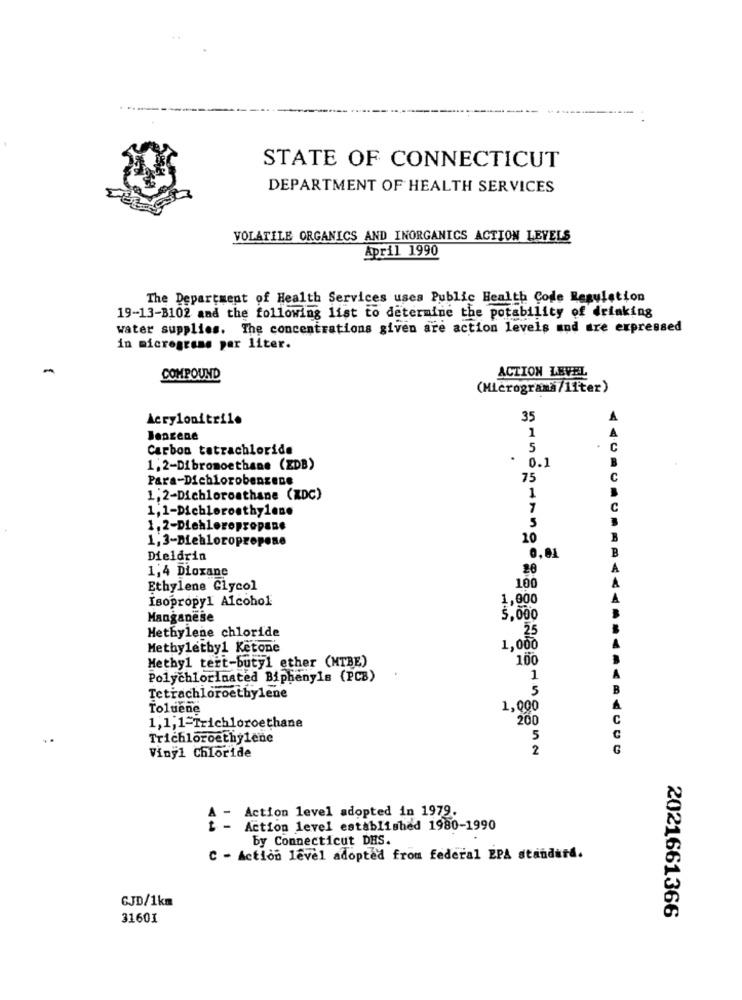
STATE OF CONNECTICUT
DEPARTMENT OF HEALTH SERVICES
VOLATILE ORGANICS AND INORGANICS ACTION LEVELS
April 1990
The Department of Health Services uses Public Health Code Regulation
19-13-3102 and the following list to determine the potability of drinking
water supplies. The concentrations given are action levels and are expressed
in micrograms per liter.
ACTION LEVEL
COMPOUND
(Microgramà/11ter)
Acrylonitrilo
35
A
A
Benzene
1
Carbon tetrachloride
5
C
1.2-Dibromoethane (EDB)
. 0.1
Para-Dichlorobenzene
75
C
1,2-Dichloroathane (KDC)
1
1,1-Dichloroethylene
7
1.2-Diehlerepropane
5
1,3-Diebloropropose
20
Dieldrin
0,01
1,4 Dioxane
20
Ethylene Glycol
100
Isopropyl Alcohol
1,000
Manganese
5,000
Methylene chloride
25
Methyletby1 Ketone
1,000
Methyl tert-butyl ether (NTBE)
100
Polychlorinated Biphenyls (PCB)
1
5
Tetrachloroethylene
Toluene
1,000
200
C
1,1,1=Trichloroethane
Trichloroethylene
5
C
Vinyl Chloride
2
A - Action level adopted in 1979.
Action level established 1980-1990
by Connecticut DHS.
C - Action level adopted from federal EPA standard.
CJD/1km
2021661366
31601